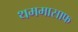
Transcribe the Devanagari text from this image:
थममासाफ